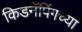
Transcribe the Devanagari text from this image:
किडनॅपिंगच्या